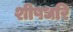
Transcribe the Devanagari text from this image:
शीषधरि